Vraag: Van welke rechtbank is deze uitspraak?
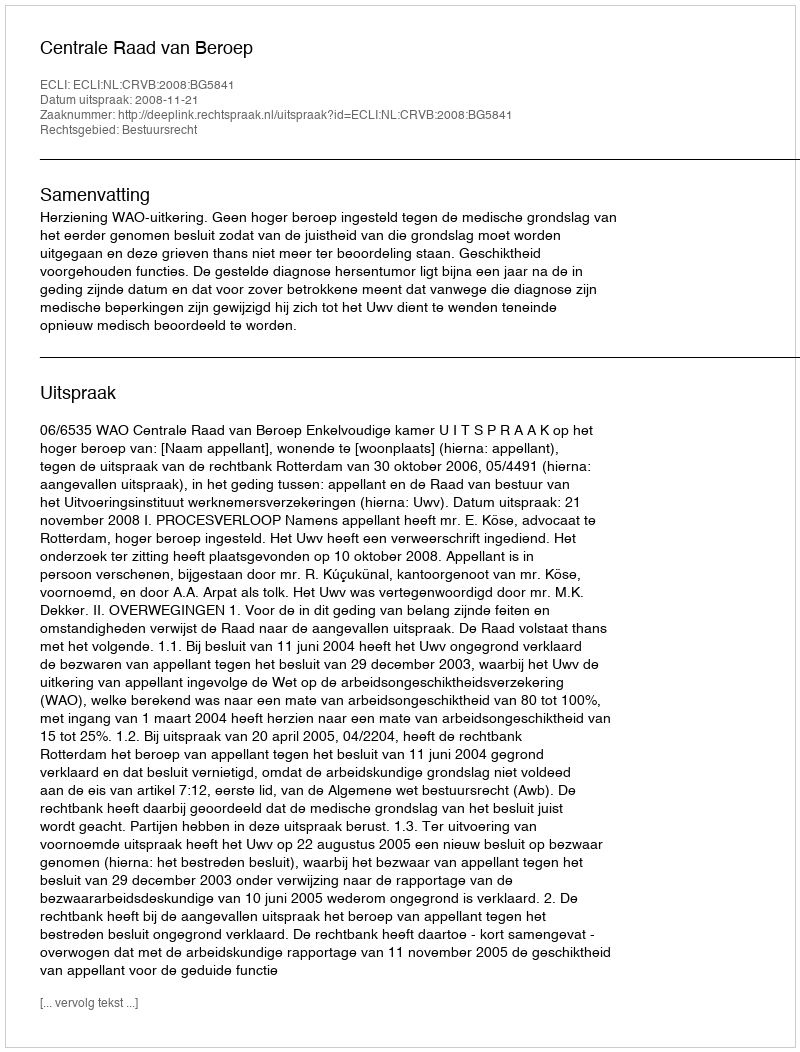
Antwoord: Centrale Raad van Beroep